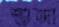
শুঙ্গা